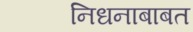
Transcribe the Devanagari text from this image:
निधनाबाबत